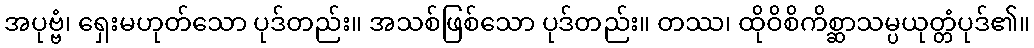
အပုဗ္ဗံ၊ ရှေးမဟုတ်သော ပုဒ်တည်း။ အသစ်ဖြစ်သော ပုဒ်တည်း။ တဿ၊ ထိုဝိစိကိစ္ဆာသမ္ပယုတ္တံပုဒ်၏။